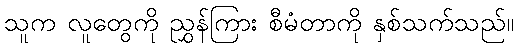
သူက လူတွေကို ညွှန်ကြား စီမံတာကို နှစ်သက်သည်။